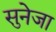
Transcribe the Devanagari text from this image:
सुनेजा